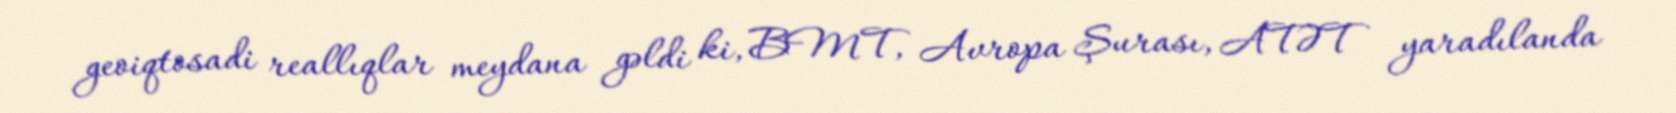
geoiqtosadi reallıqlar meydana gəldi ki, BMT, Avropa Şurası, ATƏT yaradılanda